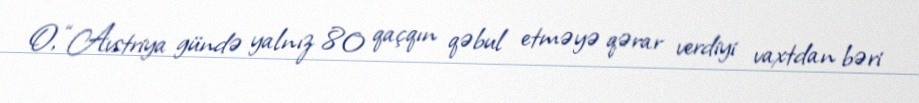
O, “Avstriya gündə yalnız 80 qaçqın qəbul etməyə qərar verdiyi vaxtdan bəri